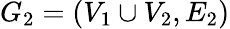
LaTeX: G_{2}=(V_{1}\cup V_{2},E_{2})